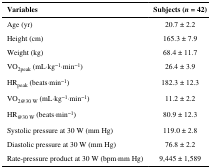
| Variables | Subjects (n = 42) |
 | --- | --- |
 | Age (yr) | 20.7 ± 2.2 |
 | Height (cm) | 165.3 ± 7.9 |
 | Weight (kg) | 68.4 ± 11.7 |
 | VO2peak (mL·kg−1·min−1) | 26.4 ± 3.9 |
 | HRpeak (beats·min−1) | 182.3 ± 12.3 |
 | VO2@30 W (mL·kg−1·min−1) | 11.2 ± 2.2 |
 | HR@30 W (beats·min−1) | 80.9 ± 12.3 |
 | Systolic pressure at 30 W (mm Hg) | 119.0 ± 2.8 |
 | Diastolic pressure at 30 W (mm Hg) | 76.8 ± 2.2 |
 | Rate-pressure product at 30 W (bpm·mm Hg) | 9,445 ± 1,589 |